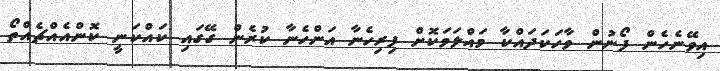
އިވޭނެހެން ފޯނުން ވާހަކަދައްކާ މައްލަވަކޮށް ފިރިހެނާ އަންހެނާ ކުރެން ގޭގައި ކައްކަނީ ކޮންއެއްޗެއްތޯ